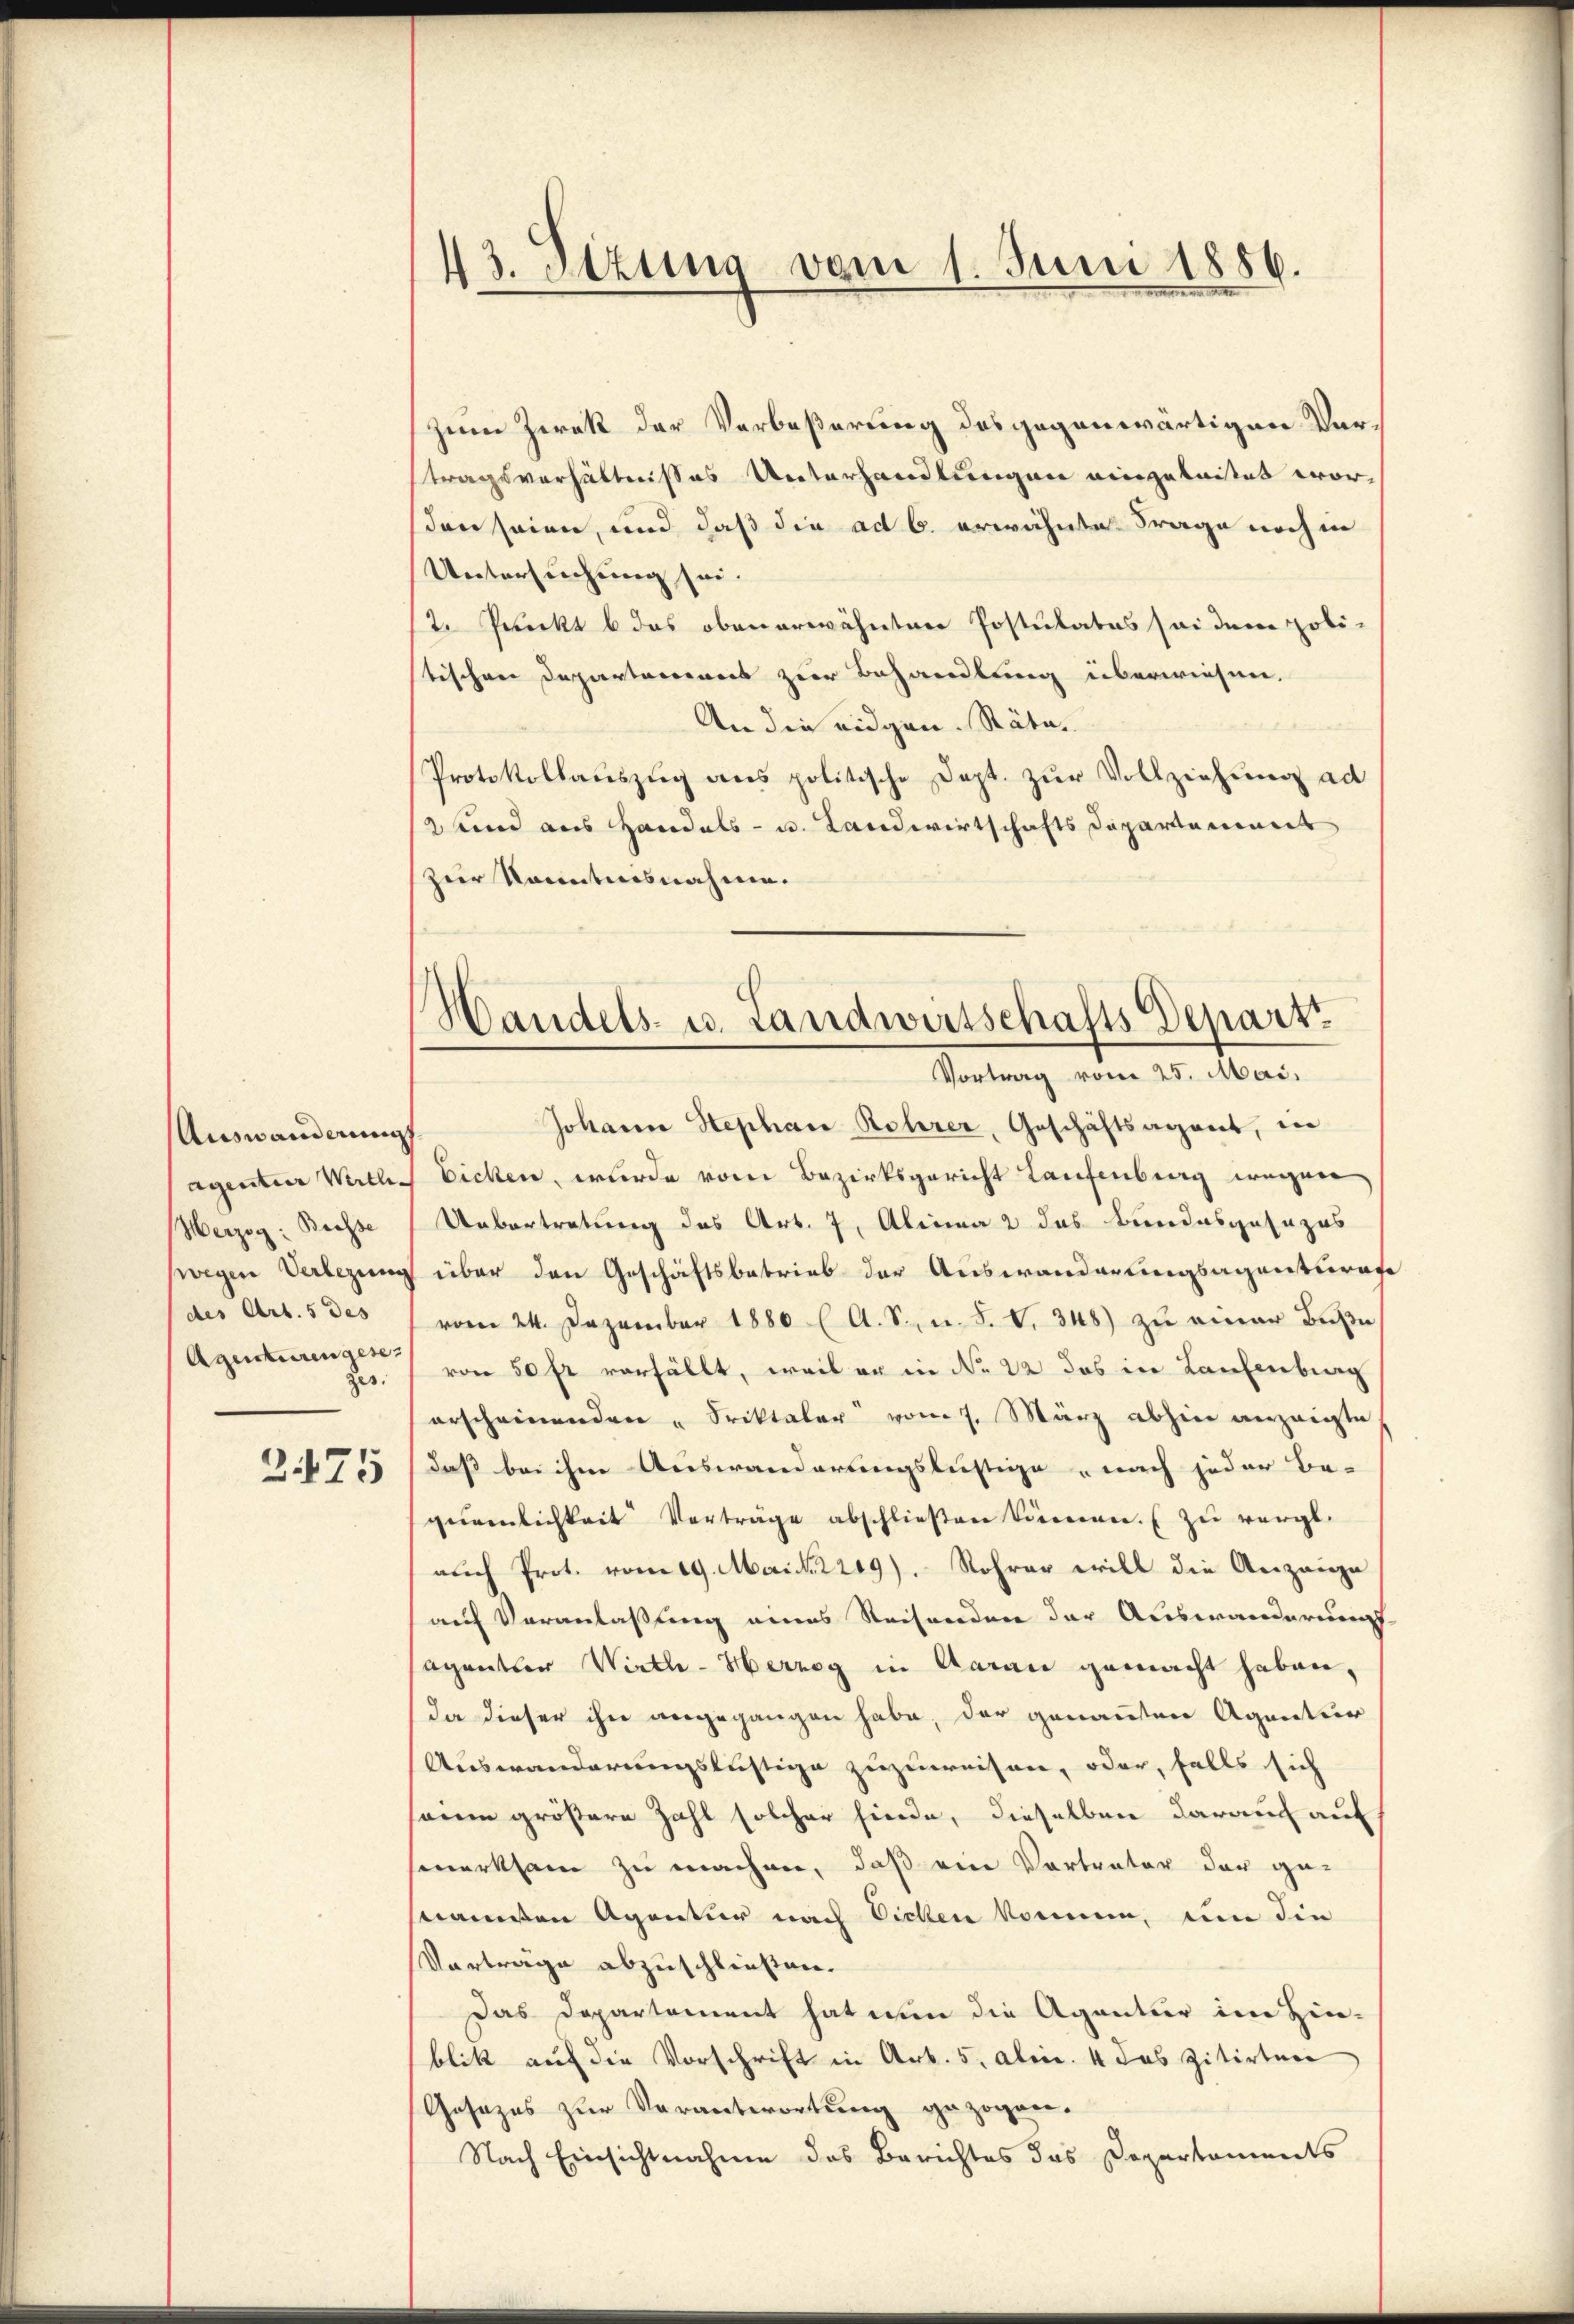
Auswanderung
agentur Willi¬
Herzog: Biesse
(wegen Verlegung
des Art. 5 des
Agenturen gesez
ges.

2475

43. Sizung vom 1. Juni 1886.

Zum Zwek der Verbeßerung des gegenwärtigen Vertragsverhältnißes Unterhandlungen eingeleistet worden seien, und daß die ad 6. erwähnte Frage noch in
Untersuchung sei.
2. Punkt b das obenerwähnten Postulatus sei dem politischen Departareres zur Behandlung überwiesen.
An die eidgen. Räta¬
Protokollauszug aus politische Dept. zur Vollziehung ad
2 und aus Handels- u. Landwirtschafts Departement
zur Kenntnisnahme.

Handels- u. Landwirtschafts Depart
Vortrag vom 25. Mai.

Johann Stephan Rohrer, Geschäftsagent, in
Eichen, wurde vom Bezirksgericht Laufenberg wegen
Uebertretung des Art. 7, Alina 2 das Bundesgesezes
über den Geschäftsbetrieb der Auswanderungsagenturafe
vom 24. Dezember 1880 ( A. S. n. F. V. 348) zu einer Buße
von 50 fr verfällt, weil er in No 22 das in Laufenburg
erscheinenden "Sriktaler vom 7. März abhin anzeigte
daß bei ihm Auswanderungslustige, nach jeder Be-
gegenlichkeit Verträge abschlieβen können. ( zŭ vergl.
auch Prot. vom 19. Mai 2219). Rohrer will die Anzeige
auf Veranlaßung eines Reisenden der Auswanderung
aganter Wirth-Herzog in Aarau gemacht haben,
da dieser ihn angegangen habe, der genannten Agentur
Auswanderungslistige zuzuweisen, oder, falls sich
eine größere Zahl solcher finde, dieselben darauf auf
smerksam zu machen, daß ein Vertrator der ge-
stammten Agentur nach Eichen kommen, um die
Vorträge abzuschließen.
Das Departement hat nun die Agentur im Hin-
blik auf die Vorschrift in Art. 5. aben. 4 das zitirten
Gesezes zur Verantwortung gezogen.
Nach Einsichtnahme des Berichtes das Departaments